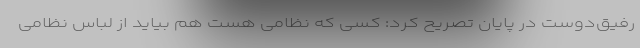
رفیق‌دوست در پایان تصریح کرد: کسی که نظامی هست هم بیاید از لباس نظامی